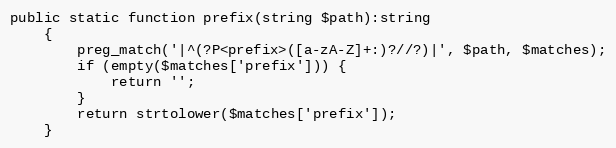
Language: PHP
public static function prefix(string $path):string
    {
        preg_match('|^(?P<prefix>([a-zA-Z]+:)?//?)|', $path, $matches);
        if (empty($matches['prefix'])) {
            return '';
        }
        return strtolower($matches['prefix']);
    }